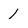
Character: 1